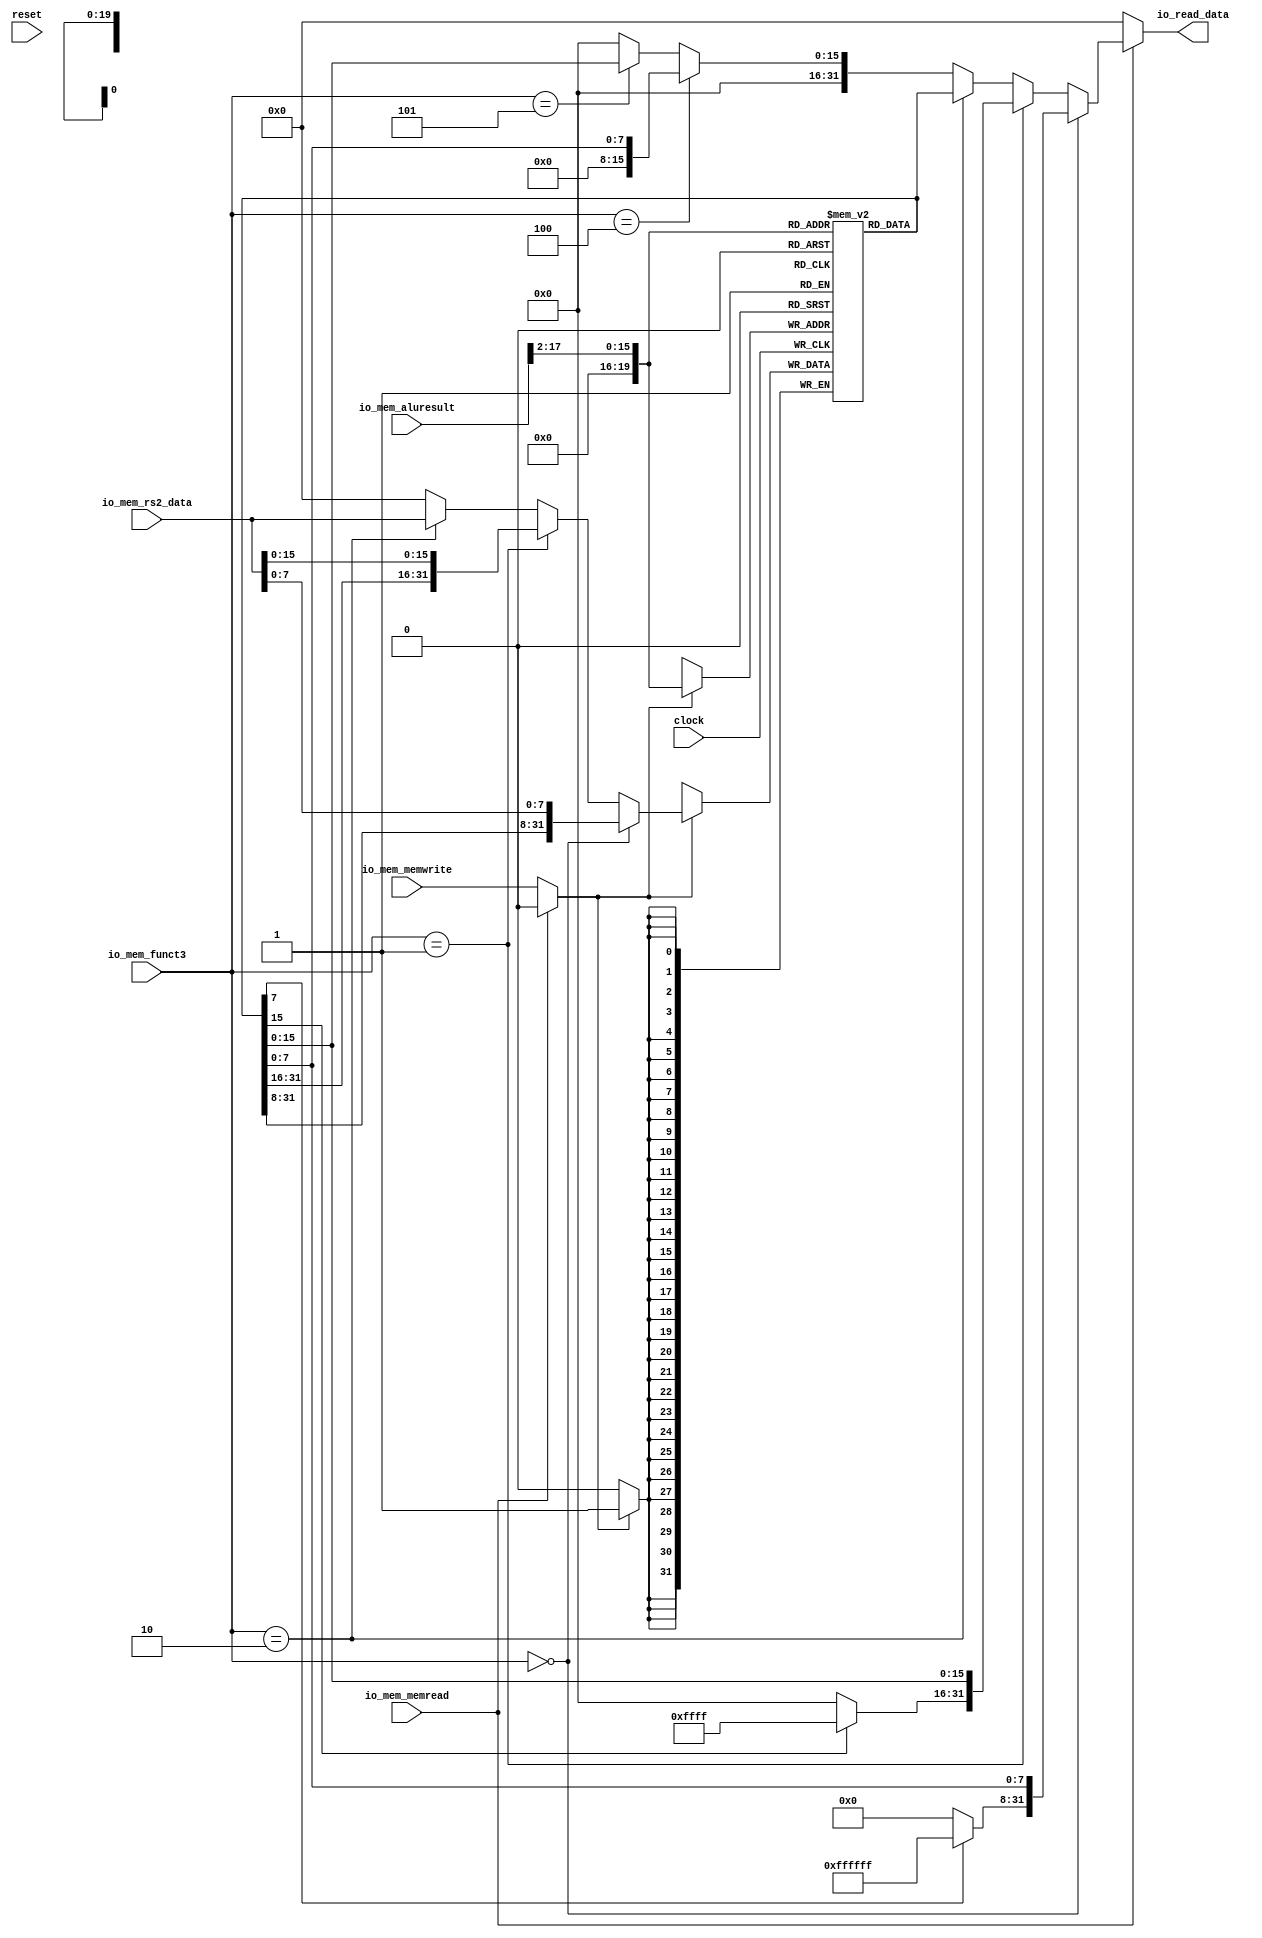
module DataCache(
  input         clock,
  input         reset,
  input  [31:0] io_mem_aluresult,
  input  [31:0] io_mem_rs2_data,
  input         io_mem_memread,
  input  [2:0]  io_mem_funct3,
  input         io_mem_memwrite,
  output [31:0] io_read_data
);
`ifdef RANDOMIZE_MEM_INIT
  reg [31:0] _RAND_0;
`endif // RANDOMIZE_MEM_INIT
  reg [31:0] mem [0:1048575]; // @[datacache.scala 13:16]
  wire  mem_cacheData_en; // @[datacache.scala 13:16]
  wire [19:0] mem_cacheData_addr; // @[datacache.scala 13:16]
  wire [31:0] mem_cacheData_data; // @[datacache.scala 13:16]
  wire  mem_writeData_MPORT_en; // @[datacache.scala 13:16]
  wire [19:0] mem_writeData_MPORT_addr; // @[datacache.scala 13:16]
  wire [31:0] mem_writeData_MPORT_data; // @[datacache.scala 13:16]
  wire  mem_writeData_MPORT_1_en; // @[datacache.scala 13:16]
  wire [19:0] mem_writeData_MPORT_1_addr; // @[datacache.scala 13:16]
  wire [31:0] mem_writeData_MPORT_1_data; // @[datacache.scala 13:16]
  wire [31:0] mem_MPORT_data; // @[datacache.scala 13:16]
  wire [19:0] mem_MPORT_addr; // @[datacache.scala 13:16]
  wire  mem_MPORT_mask; // @[datacache.scala 13:16]
  wire  mem_MPORT_en; // @[datacache.scala 13:16]
  wire [15:0] address = io_mem_aluresult[17:2]; // @[datacache.scala 15:33]
  wire  _T_1 = io_mem_funct3 == 3'h0; // @[datacache.scala 23:24]
  wire [23:0] _result_T_2 = mem_cacheData_data[7] ? 24'hffffff : 24'h0; // @[Bitwise.scala 74:12]
  wire [31:0] _result_T_4 = {_result_T_2,mem_cacheData_data[7:0]}; // @[Cat.scala 31:58]
  wire  _T_2 = io_mem_funct3 == 3'h1; // @[datacache.scala 25:30]
  wire [15:0] _result_T_7 = mem_cacheData_data[15] ? 16'hffff : 16'h0; // @[Bitwise.scala 74:12]
  wire [31:0] _result_T_9 = {_result_T_7,mem_cacheData_data[15:0]}; // @[Cat.scala 31:58]
  wire  _T_3 = io_mem_funct3 == 3'h2; // @[datacache.scala 27:30]
  wire [31:0] _result_T_11 = {24'h0,mem_cacheData_data[7:0]}; // @[Cat.scala 31:58]
  wire [31:0] _result_T_13 = {16'h0,mem_cacheData_data[15:0]}; // @[Cat.scala 31:58]
  wire [31:0] _GEN_0 = io_mem_funct3 == 3'h5 ? _result_T_13 : 32'h0; // @[datacache.scala 31:44 32:14 34:14]
  wire [31:0] _GEN_1 = io_mem_funct3 == 3'h4 ? _result_T_11 : _GEN_0; // @[datacache.scala 29:44 30:14]
  wire [31:0] _GEN_2 = io_mem_funct3 == 3'h2 ? mem_cacheData_data : _GEN_1; // @[datacache.scala 27:44 28:14]
  wire [31:0] _GEN_3 = io_mem_funct3 == 3'h1 ? _result_T_9 : _GEN_2; // @[datacache.scala 25:44 26:14]
  wire [31:0] result = io_mem_funct3 == 3'h0 ? _result_T_4 : _GEN_3; // @[datacache.scala 23:38 24:14]
  wire [31:0] _writeData_T_2 = {mem_writeData_MPORT_data[31:8],io_mem_rs2_data[7:0]}; // @[Cat.scala 31:58]
  wire [31:0] _writeData_T_5 = {mem_writeData_MPORT_1_data[31:16],io_mem_rs2_data[15:0]}; // @[Cat.scala 31:58]
  wire [31:0] _GEN_5 = _T_3 ? io_mem_rs2_data : 32'h0; // @[datacache.scala 49:46 51:19 53:19]
  wire [31:0] _GEN_9 = _T_2 ? _writeData_T_5 : _GEN_5; // @[datacache.scala 46:46 48:19]
  wire  _GEN_16 = _T_1 ? 1'h0 : _T_2; // @[datacache.scala 13:16 43:40]
  wire  _GEN_19 = io_mem_memwrite & _T_1; // @[datacache.scala 13:16 40:35]
  wire  _GEN_22 = io_mem_memwrite & _GEN_16; // @[datacache.scala 13:16 40:35]
  assign mem_cacheData_en = io_mem_memread;
  assign mem_cacheData_addr = {{4'd0}, address};
  assign mem_cacheData_data = mem[mem_cacheData_addr]; // @[datacache.scala 13:16]
  assign mem_writeData_MPORT_en = io_mem_memread ? 1'h0 : _GEN_19;
  assign mem_writeData_MPORT_addr = {{4'd0}, address};
  assign mem_writeData_MPORT_data = mem[mem_writeData_MPORT_addr]; // @[datacache.scala 13:16]
  assign mem_writeData_MPORT_1_en = io_mem_memread ? 1'h0 : _GEN_22;
  assign mem_writeData_MPORT_1_addr = {{4'd0}, address};
  assign mem_writeData_MPORT_1_data = mem[mem_writeData_MPORT_1_addr]; // @[datacache.scala 13:16]
  assign mem_MPORT_data = _T_1 ? _writeData_T_2 : _GEN_9;
  assign mem_MPORT_addr = {{4'd0}, address};
  assign mem_MPORT_mask = 1'h1;
  assign mem_MPORT_en = io_mem_memread ? 1'h0 : io_mem_memwrite;
  assign io_read_data = io_mem_memread ? result : 32'h0; // @[datacache.scala 17:32 37:18 59:18]
  always @(posedge clock) begin
    if (mem_MPORT_en & mem_MPORT_mask) begin
      mem[mem_MPORT_addr] <= mem_MPORT_data; // @[datacache.scala 13:16]
    end
  end
// Register and memory initialization
`ifdef RANDOMIZE_GARBAGE_ASSIGN
`define RANDOMIZE
`endif
`ifdef RANDOMIZE_INVALID_ASSIGN
`define RANDOMIZE
`endif
`ifdef RANDOMIZE_REG_INIT
`define RANDOMIZE
`endif
`ifdef RANDOMIZE_MEM_INIT
`define RANDOMIZE
`endif
`ifndef RANDOM
`define RANDOM $random
`endif
`ifdef RANDOMIZE_MEM_INIT
  integer initvar;
`endif
`ifndef SYNTHESIS
`ifdef FIRRTL_BEFORE_INITIAL
`FIRRTL_BEFORE_INITIAL
`endif
initial begin
  `ifdef RANDOMIZE
    `ifdef INIT_RANDOM
      `INIT_RANDOM
    `endif
    `ifndef VERILATOR
      `ifdef RANDOMIZE_DELAY
        #`RANDOMIZE_DELAY begin end
      `else
        #0.002 begin end
      `endif
    `endif
`ifdef RANDOMIZE_MEM_INIT
  _RAND_0 = {1{`RANDOM}};
  for (initvar = 0; initvar < 1048576; initvar = initvar+1)
    mem[initvar] = _RAND_0[31:0];
`endif // RANDOMIZE_MEM_INIT
  `endif // RANDOMIZE
end // initial
`ifdef FIRRTL_AFTER_INITIAL
`FIRRTL_AFTER_INITIAL
`endif
`endif // SYNTHESIS
endmodule